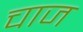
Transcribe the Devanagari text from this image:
चाज